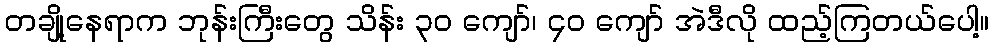
တချို့နေရာက ဘုန်းကြီးတွေ သိန်း ၃၀ ကျော်၊ ၄၀ ကျော် အဲဒီလို ထည့်ကြတယ်ပေါ့။